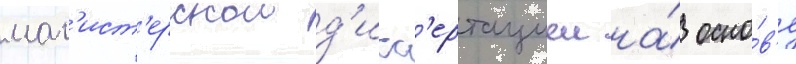
маг'ист'ерскои д'исс'ертациеи на́ осно́в'е